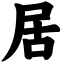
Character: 居